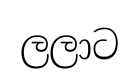
ලලාට